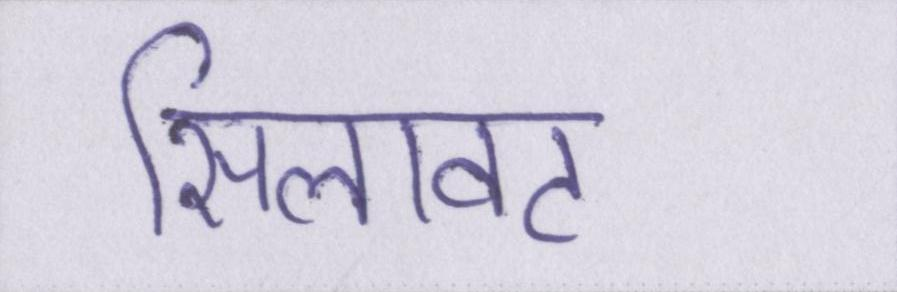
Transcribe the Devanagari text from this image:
सिलावट